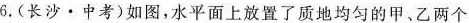
6.(长沙·中考)如图，水平面上放置了质地均匀的甲、乙两个